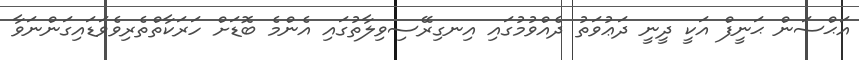
އަޙްސަން ޙަނީފް އަކީ ދީނީ ދަޢުވަތު ދެއްވުމުގައި އިނގިރޭސިވިލާތުގައި އެންމެ ބޮޑަށް ހަރަކާތްތެރިވެވަޑައިގަންނަވާ